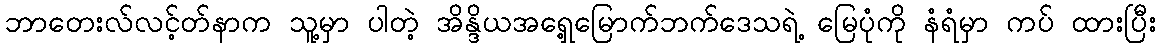
ဘာတေးလ်လင့်တ်နာက သူ့မှာ ပါတဲ့ အိန္ဒိယအရှေ့မြောက်ဘက်ဒေသရဲ့ မြေပုံကို နံရံမှာ ကပ် ထားပြီး